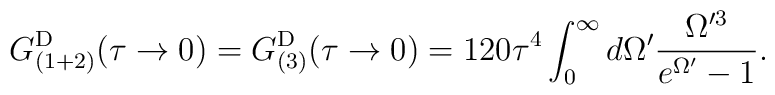
G^{\rm D}_{(1+2)}(\tau\rightarrow 0) = G^{\rm D}_{(3)}(\tau\rightarrow 0)=120\tau^4 \int_0^{\infty} d\Omega' \frac{\Omega'^3}{e^{\Omega'}-1}.